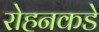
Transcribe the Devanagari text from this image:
रोहनकडे